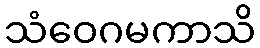
သံဝေဂမကာသိ